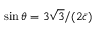
\sin \theta = 3 \sqrt { 3 } / ( 2 \bar { c } )